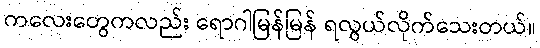
ကလေးတွေကလည်း ရောဂါမြန်မြန် ရလွယ်လိုက်သေးတယ်။